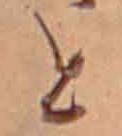
と